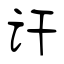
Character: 讦